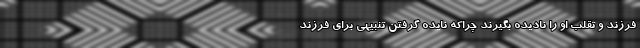
فرزند و تقلب او را نادیده بگیرند چراکه نایده گرفتن تنبیهی برای فرزند